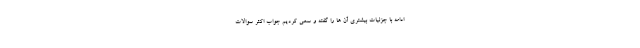
ادامه با جزئیات بیشتری آن ها را گفته و سعی کردیم جواب اکثر سوالات